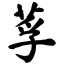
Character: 莩